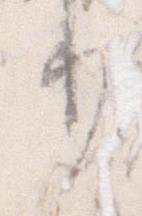
り